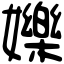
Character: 㜰